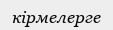
кірмелерге